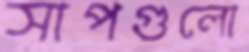
সাপগুলো